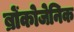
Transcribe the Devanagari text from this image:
ब्रोंकोजेनिक